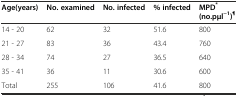
<table><thead><tr><td><b>Age(years)</b></td><td><b>No. examined</b></td><td><b>No. infected</b></td><td><b>% infected</b></td><td><b>MPD<sup>*</sup>(no.pμl<sup>−1</sup>)<sup>¶</sup></b></td></tr></thead><tbody><tr><td>14 - 20</td><td>62</td><td>32</td><td>51.6</td><td>800</td></tr><tr><td>21 - 27</td><td>83</td><td>36</td><td>43.4</td><td>760</td></tr><tr><td>28 - 34</td><td>74</td><td>27</td><td>36.5</td><td>640</td></tr><tr><td>35 - 41</td><td>36</td><td>11</td><td>30.6</td><td>600</td></tr><tr><td>Total</td><td>255</td><td>106</td><td>41.6</td><td>800</td></tr></tbody></table>